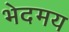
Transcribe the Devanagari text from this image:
भेदमय